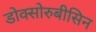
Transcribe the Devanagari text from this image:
डोक्सोरुबीसिन